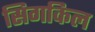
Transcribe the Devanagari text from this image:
सिगकिल